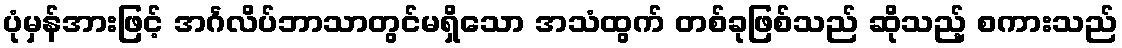
ပုံမှန်အားဖြင့် အင်္ဂလိပ်ဘာသာတွင်မရှိသော အသံထွက် တစ်ခုဖြစ်သည် ဆိုသည့် စကားသည်